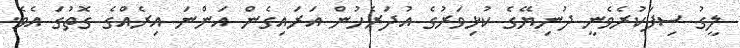
ލީގު ސިފަކުރެވެނީ ދުނިޔޭގެ ކުޅިވަރުގެ އުދަރެހުން އަރައިގެން އަންނަ އިރެއްގެ ގޮތުގަ އެވެ.